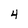
Character: 4